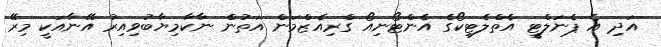
އަދި އެ ޕެނަލްޓީ އެތްލެޓިކޯގެ އެންޓޯނިއޯ ގްރިއެޒްމަން އަތުން ނާކާމިޔާބުވިއިރު އޭނާއަކީ މިރޭ